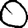
Digit: 0